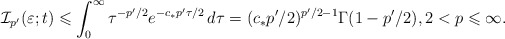
\begin{align*}\mathcal{I}_{p'}(\varepsilon ;t)\leqslant\int _0^\infty \tau^{-p'/2}e^{-c_{*}p'\tau /2}\,d\tau =(c_* p'/2)^{p'/2-1} \Gamma (1-p'/2),2<p\leqslant \infty.\end{align*}